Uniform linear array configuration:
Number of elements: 4
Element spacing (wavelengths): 0.25
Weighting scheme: uniform
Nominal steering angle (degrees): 30
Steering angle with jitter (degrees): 30.003
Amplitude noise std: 0.05
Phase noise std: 0.05

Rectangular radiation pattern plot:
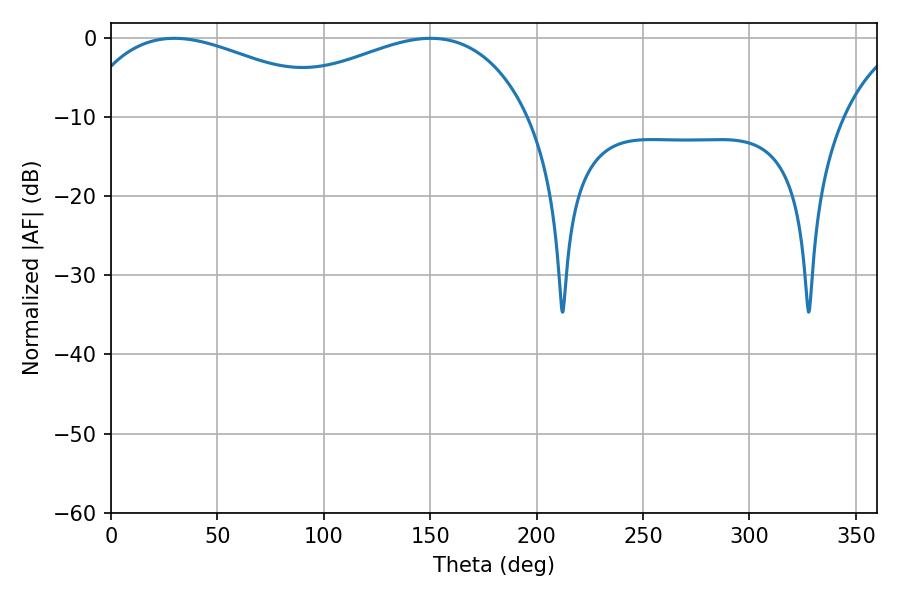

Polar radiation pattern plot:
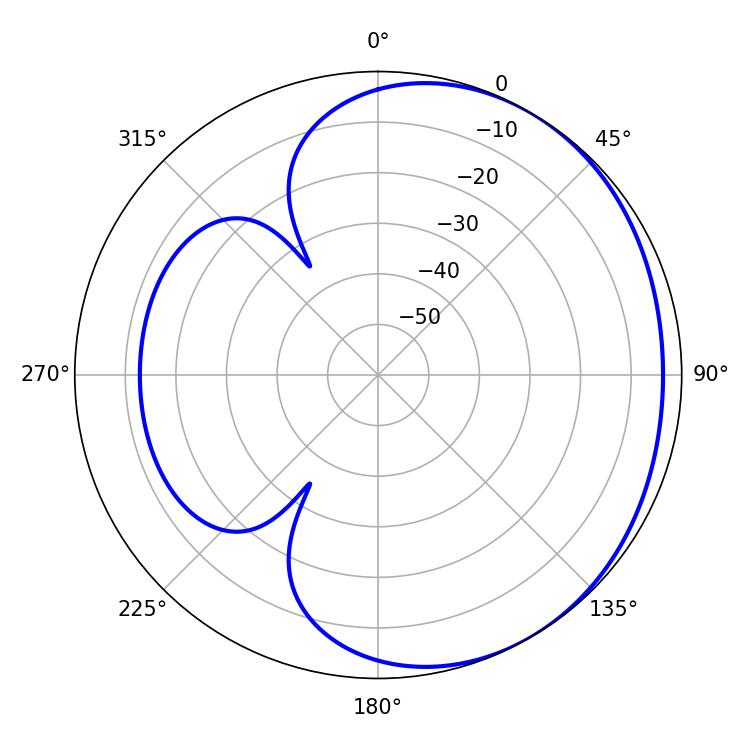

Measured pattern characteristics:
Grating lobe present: FALSE
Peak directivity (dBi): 1.995
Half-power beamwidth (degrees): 70.56
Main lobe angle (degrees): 29.7